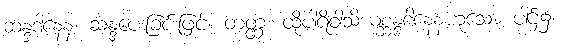
ဆန္ဒဒါနေန၊ ဆန္ဒပေးခြင်းဖြင့်။ တတ္ထ၊ ထိုပါရိဝါသိယစ္ဆန္ဒဒါနေနဟူသော ပါဌ်၌။